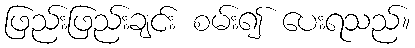
ဖြည်းဖြည်းချင်း စမ်း၍ ပေးရသည်။